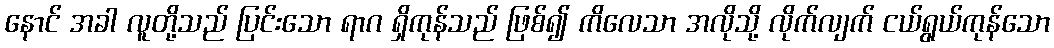
နောင် အခါ လူတို့သည် ပြင်းသော ရာဂ ရှိကုန်သည် ဖြစ်၍ ကိလေသာ အလိုသို့ လိုက်လျက် ငယ်ရွယ်ကုန်သော